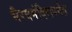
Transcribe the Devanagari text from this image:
भैरवमंदिरापर्यंत